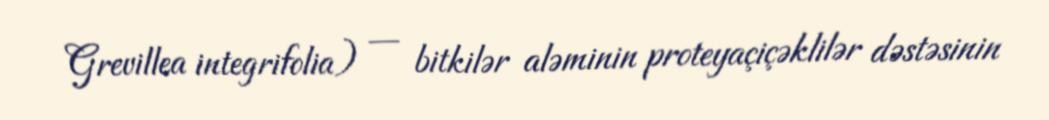
Grevillea integrifolia) — bitkilər aləminin proteyaçiçəklilər dəstəsinin